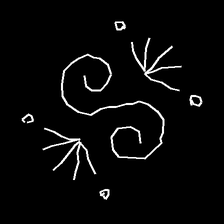
Glyph: aeroform